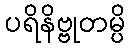
ပရိနိဗ္ဗုတမ္ပိ